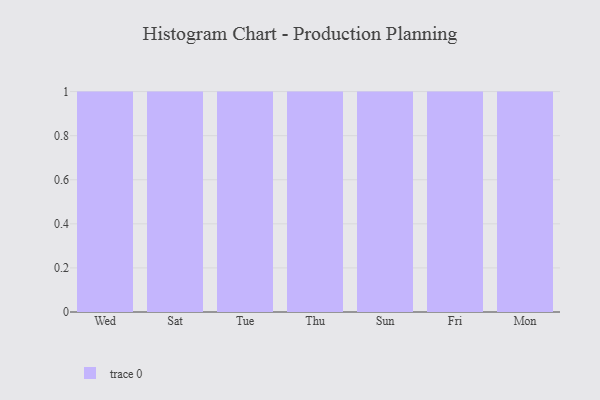
{"axis": {"x": "Day", "y": "Website Visitors"}, "legend": [""], "data": [{"x": "Wed", "y": 62, "type": ""}, {"x": "Sat", "y": 18, "type": ""}, {"x": "Tue", "y": 33, "type": ""}, {"x": "Thu", "y": 92, "type": ""}, {"x": "Sun", "y": 58, "type": ""}, {"x": "Fri", "y": 71, "type": ""}, {"x": "Mon", "y": 90, "type": ""}]}